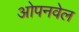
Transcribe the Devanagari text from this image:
ओपनवेल